Report on malaria in the Punjab during the year ...  together with an account of the work of the Punjab Malaria Bureau - Volume 5
Disease focus: Malaria
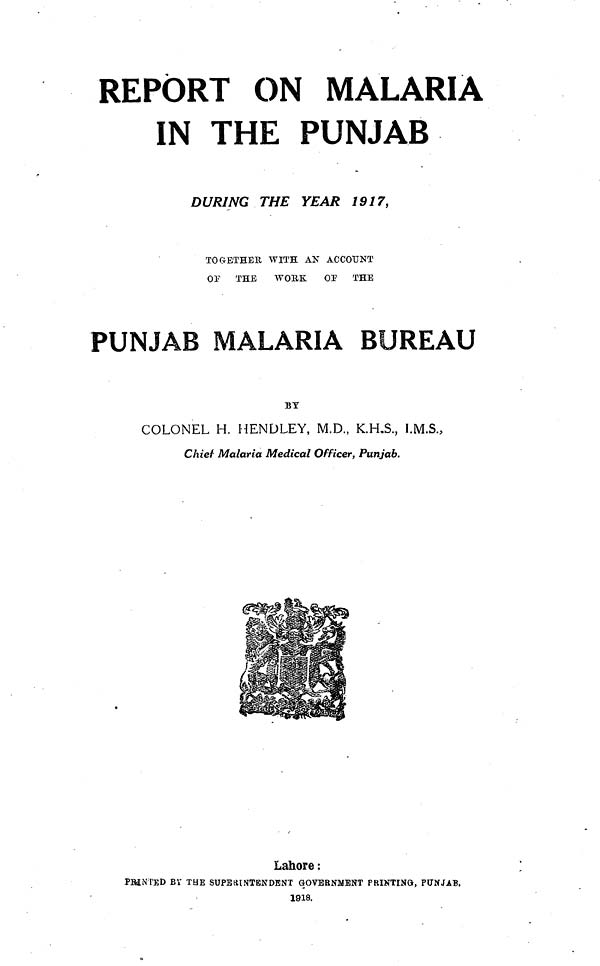
REPORT ON MALARIA
IN THE PUNJAB
DURING THE YEAR 1917,
TOGETHER WITH AN ACCOUNT
OF
THE
WORK
OP
THE
PUNJAB MALARIA BUREAU
BY
COLONEL H. HENDLEY, M.D., K.H.S., I.M.S.,
Chief Malaria Medical Officer, Punjab.
Lahore :
PRINTED BY THE SUPER INTENDENT GOVERNMENT PRINTING, PUNJAB.
1918.